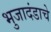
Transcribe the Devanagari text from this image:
भुजादंडाचे